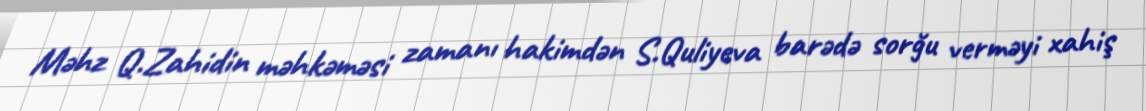
Məhz Q.Zahidin məhkəməsi zamanı hakimdən S.Quliyeva barədə sorğu verməyi xahiş